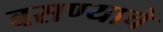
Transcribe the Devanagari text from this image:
बसण्याचे